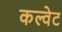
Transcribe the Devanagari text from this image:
कल्वेट